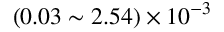
( 0 . 0 3 \sim 2 . 5 4 ) \times 1 0 ^ { - 3 }